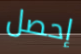
إحصل